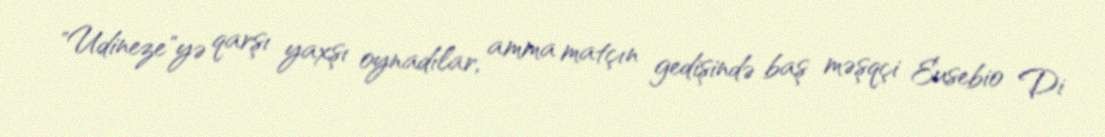
"Udineze"yə qarşı yaxşı oynadılar, amma matçın gedişində baş məşqçi Eusebio Di